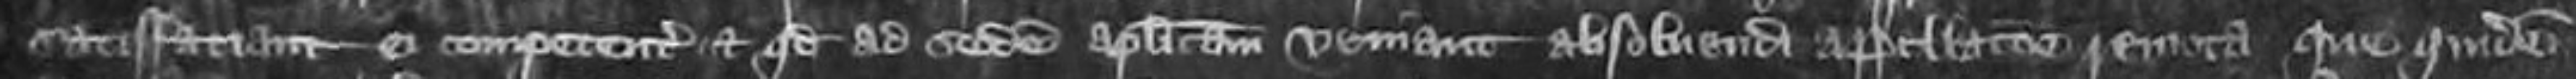
satisfaciant ei competenter et quod ad sedem apostolicam veniant absolvendi appelatione remota que quidem